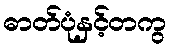
ဓာတ်ပုံနှင့်တကွ